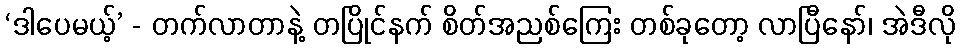
‘ဒါပေမယ့်’ - တက်လာတာနဲ့ တပြိုင်နက် စိတ်အညစ်ကြေး တစ်ခုတော့ လာပြီနော်၊ အဲဒီလို